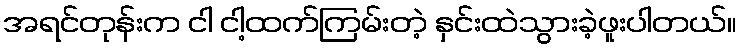
အရင်တုန်းက ငါ ငါ့ထက်ကြမ်းတဲ့ နှင်းထဲသွားခဲ့ဖူးပါတယ်။